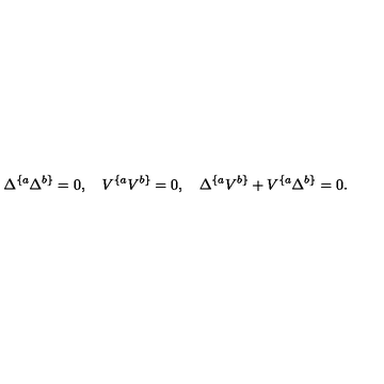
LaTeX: \Delta ^ { \{ a } \Delta ^ { b \} } = 0 , \quad V ^ { \{ a } V ^ { b \} } = 0 , \quad \Delta ^ { \{ a } V ^ { b \} } + V ^ { \{ a } \Delta ^ { b \} } = 0 .